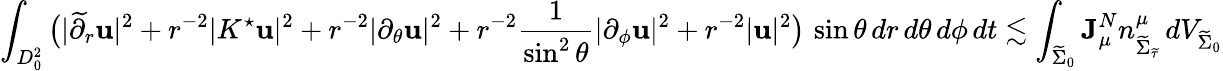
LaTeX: \int_{D_{0}^{2}}\big(|\widetilde{\partial}_{r}\mathbf{u}|^{2}+r^{-2}|K^{\star}\mathbf{u}|^{2}+r^{-2}|\partial_{\theta}\mathbf{u}|^{2}+r^{-2}\frac{1}{\sin^{2}\theta}|\partial_{\phi}\mathbf{u}|^{2}+r^{-2}|\mathbf{u}|^{2}\big)\, \sin\theta\, dr\, d\theta\, d\phi\, dt\lesssim\int_{\widetilde{\Sigma}_{0}}\mathbf{J}_{\mu}^{N}n_{{\widetilde{\Sigma}_{\widetilde{\tau}}}}^{\mu}\, dV_{\widetilde{\Sigma}_{0}}